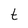
Character: t